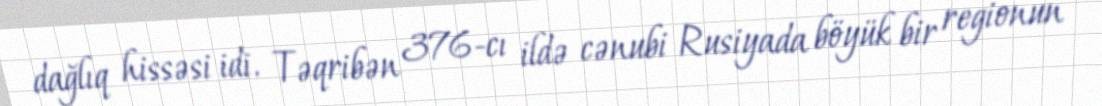
dağlıq hissəsi idi. Təqribən 376-cı ildə cənubi Rusiyada böyük bir regionun